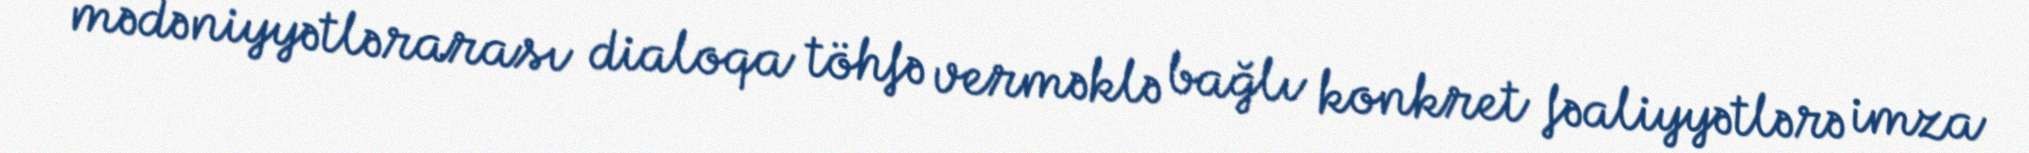
mədəniyyətlərarası dialoqa töhfə verməklə bağlı konkret fəaliyyətlərə imza